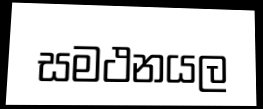
සමථනයල